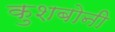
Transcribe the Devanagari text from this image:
कुशबोनी